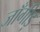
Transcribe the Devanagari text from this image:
जाँगीड़